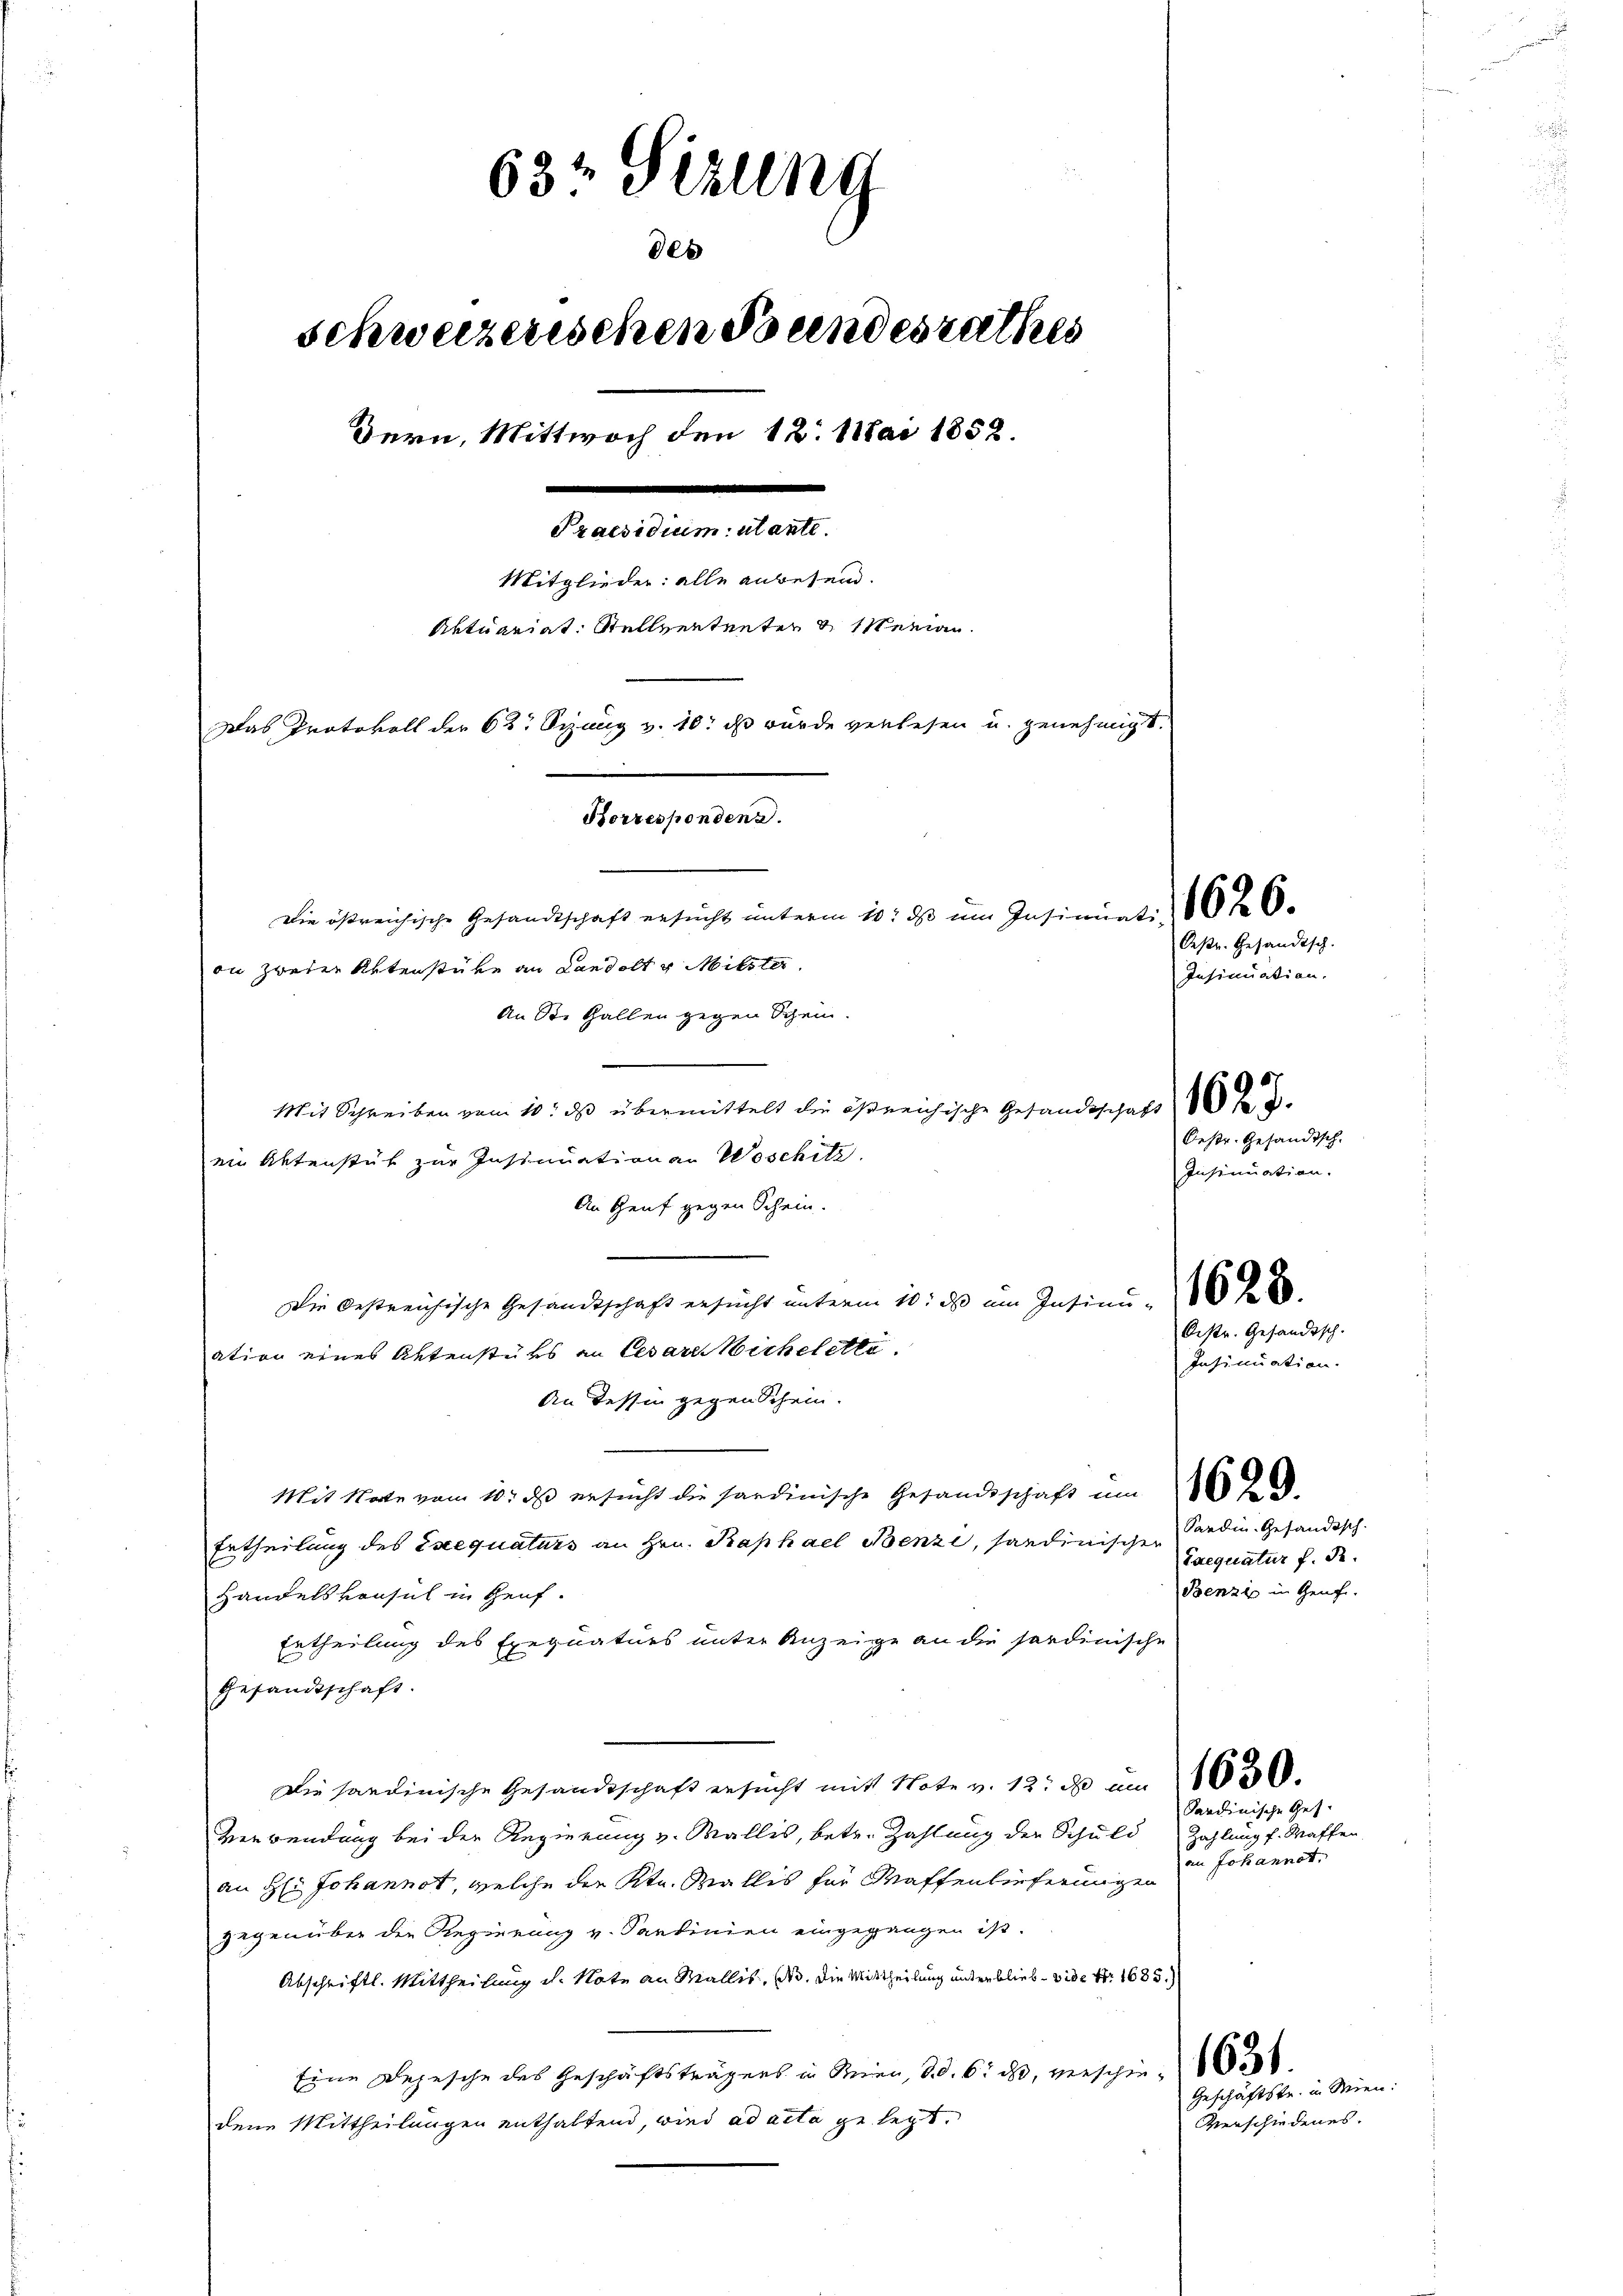
63 Sizung
des
schweizerischen Bandesrathes
Praesidium mante.
Mitglieder: alle anbesein.
Aktuariat Stellerntenten & seinan
Das Protokoll der 62. Spung v. 10. ds wurde verlesen u. genehmigt.
Borresponden a.
Die östreichische Gesandtschaft ersucht unterm 10. ds um Insinuati 60 f 6

Bern, Mittwoch den 12. Mai 1858.

on zweier Aktenstüke an Landelt u Mitster
An St. Gallen gegen Schein.
Mit Schreiben vom 10. ds übermittelt die östreichische Gesandtschaft 1
ein Aktenstük zur Insinuationen Woschitz.
An Genf gegen Schein.
Die bestreichische Gesandtschaft ersucht unterm 10. ds im Insinu
ation eines Aktenstüks an Cesares Michelette.
An Tessin gegen Schein.
Mit Note vom 10. ds ersucht die sardinische Gesandtschaft um
Ertheilung des Exequaturs an Hrn. Kaphael Benzi, sandinischen
Handelskonsul in Heuf.
Ertheilung des Exequaturs unter Anzeige an die fordinische
Gesandtschaft.
Die Sardinische Gesandtschaft ersucht mit Note v. 12. d um 10.
Verwendung bei der Regierung v. Wallis, betr. Zahlung der Schuld
an H: Johannst, welche die Ktn. Wallis für Waffenlieferungen
gegenüber den Regierung v. Santinien eingegangen ist.
Abschriftl. Mittheilung i. Note an Wallis, so die Mittheilung unterblieb vide Nr. 1685.
Eine Depesche des Geschäftsträgers in Wien, d. d. 6. ds, verschiedene Mittheilungen enthaltend, wird ad acta gelegt.

Oestr. Gesandtsch.
Insinuation.
Distr. Gesandtsch.
Insinuation.

Sardin-Gesändisch.
Taequatur f. de.
Benzi in Genf.

Oestr. Gesandtsch.
Insinuation.

Sardinische Ges.
Zahlung f. Waffen.
an Johannst.

1631.
Geschäftstr. in Wien.
Verschiedenes.